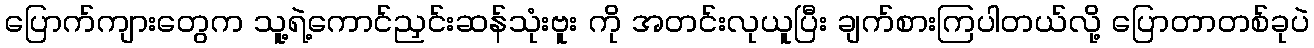
ပြောက်ကျားတွေက သူ့ရဲ့ကောင်ညှင်းဆန်သုံးဗူး ကို အတင်းလုယူပြီး ချက်စားကြပါတယ်လို့ ပြောတာတစ်ခုပဲ